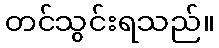
တင်သွင်းရသည်။